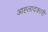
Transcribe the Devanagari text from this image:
आह्लादकारी